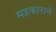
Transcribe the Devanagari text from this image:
सहकाराने